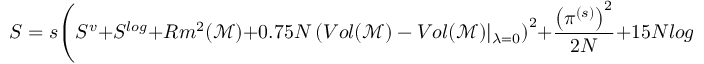
S = s \Bigg ( S ^ { v } + S ^ { l o g } + R m ^ { 2 } ( \mathcal { M } ) + 0 . 7 5 N \left( V o l ( \mathcal { M } ) - V o l ( \mathcal { M } ) \vert _ { \lambda = 0 } \right) ^ { 2 } + \frac { \left( \pi ^ { ( s ) } \right) ^ { 2 } } { 2 N } + 1 5 N l o g ( s ) - S ^ { 0 } \Bigg )